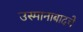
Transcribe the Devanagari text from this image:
उस्मानाबादचे